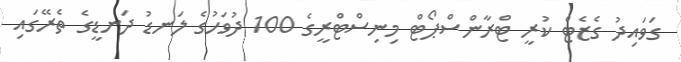
ގަވައިދު ގެޒެޓް ކުރީ ޓްރާންސްޕޯޓް މިނިސްޓްރީގެ 100 ދުވަހުގެ ލަނޑު ދަނޑީގެ ތެރޭގައި